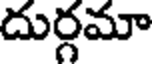
దుర్గమా